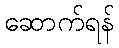
ဆောက်ရန်